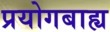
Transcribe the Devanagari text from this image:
प्रयोगबाह्य